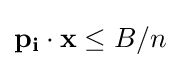
\mathbf {p_{i}} \cdot \mathbf {x} \leq B/n